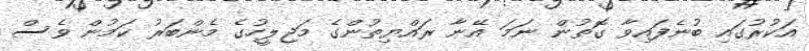
އަކުރުގައި ބުނެފައިވާ ގޮތުން ނަމަ އޭނާ ރައްޔިތުންގެ މަޖިލީހުގެ މެންބަރު ކަމުން ވެސް